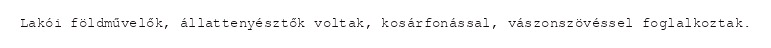
Lakói földművelők, állattenyésztők voltak, kosárfonással, vászonszövéssel foglalkoztak.